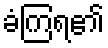
ခံကြရ၏